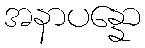
အနာပန္နော